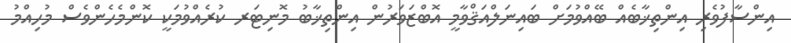
އިންސާފުވެރި އިންތިޚާބެއް ބޭއްވުމަށް ބައިނަލްއަޤްވާމީ އޮބްޒަވަރުން އިންތިޚާބު މޮނިޓަރ ކުރެއްވުމަކީ ކޮންމެހެންވެސް މުހިއްމު